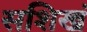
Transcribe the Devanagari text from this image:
सशिखं